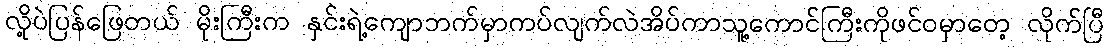
လို့ပဲပြန်ဖြေတယ် မိုးကြီးက နှင်းရဲ့ကျောဘက်မှာကပ်လျက်လဲအိပ်ကာသူ့ကောင်ကြီးကိုဖင်ဝမှာတေ့ လိုက်ပြီ